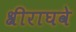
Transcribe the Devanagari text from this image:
श्रीराघवे